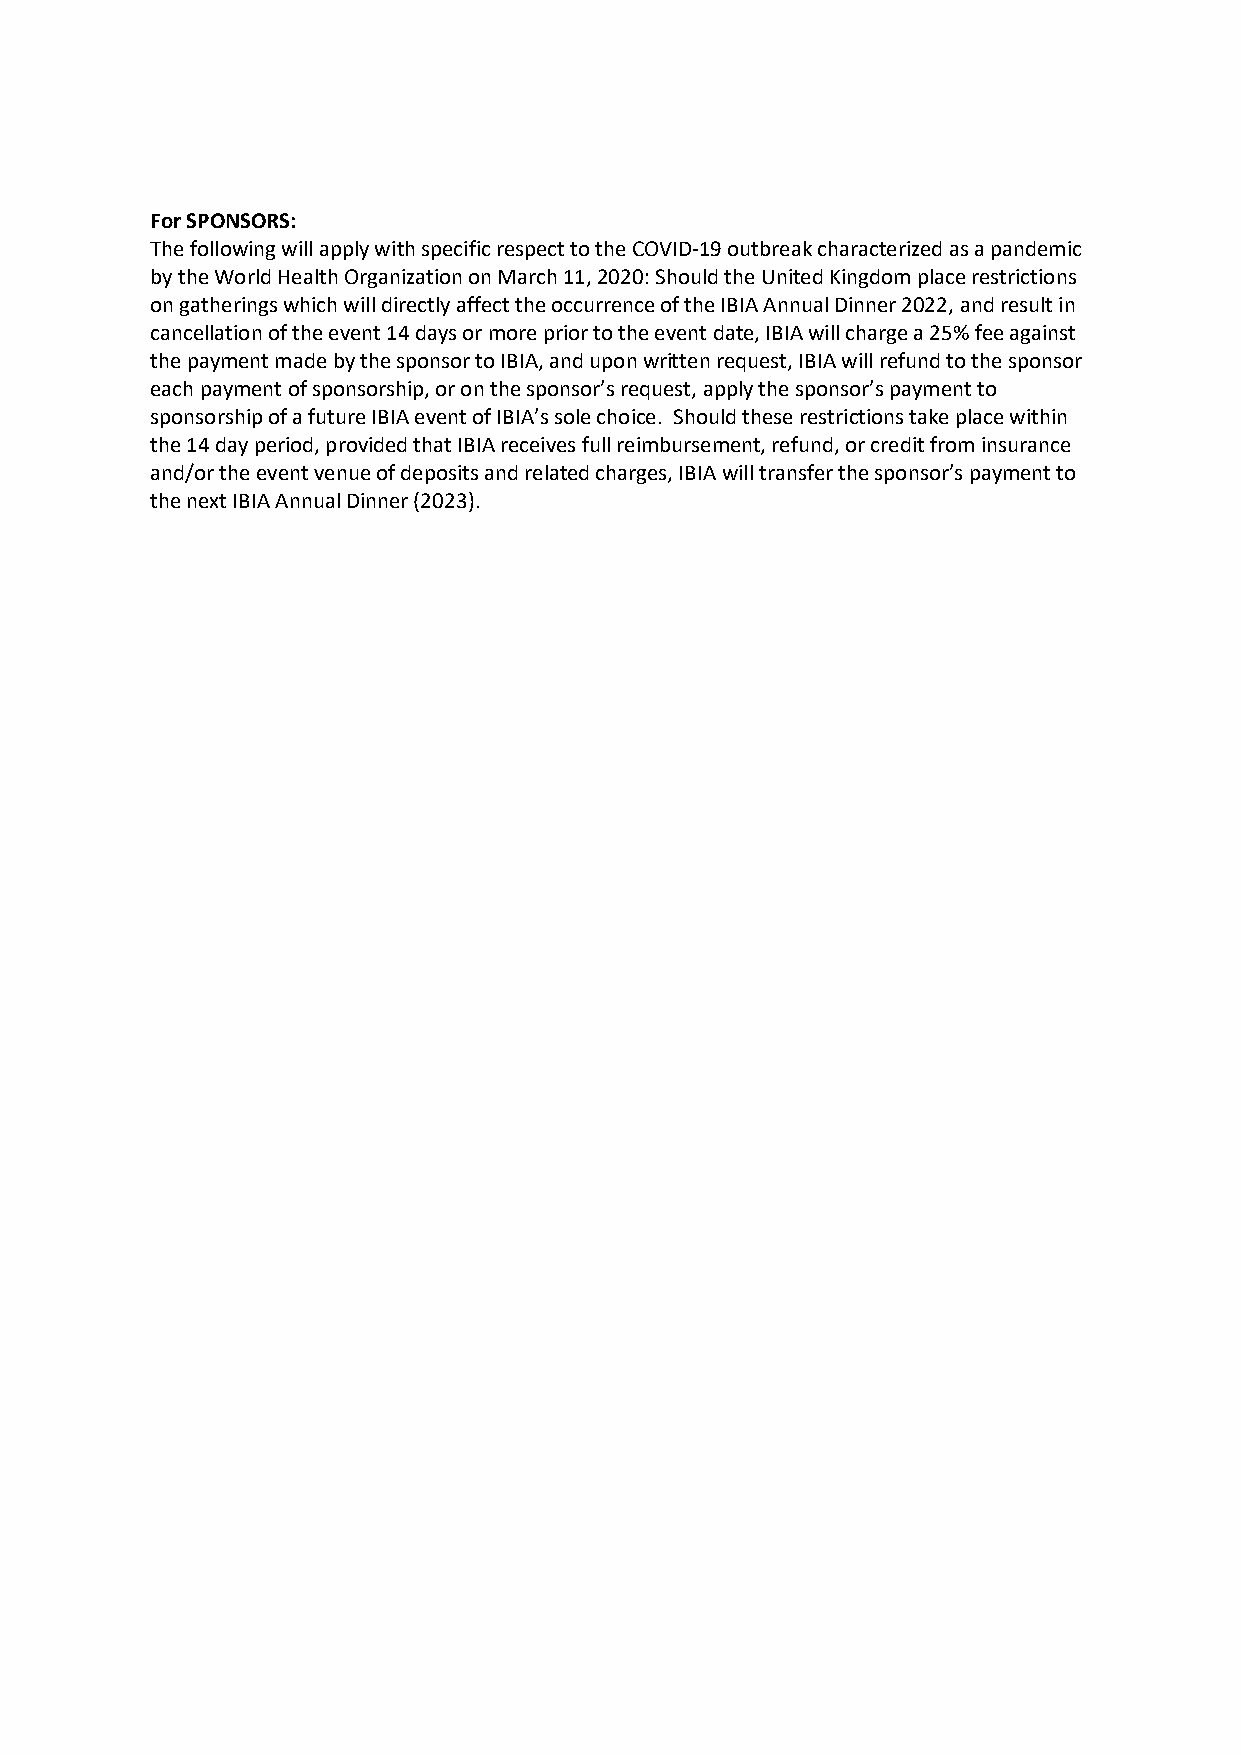
For SPONSORS:
 The following will apply with specific respect to the COVID-19 outbreak characterized as a pandemic
 by the World Health Organization on March 11, 2020: Should the United Kingdom place restrictions
 on gatherings which will directly affect the occurrence of the IBIA Annual Dinner 2022, and result in
 cancellation of the event 14 days or more prior to the event date, IBIA will charge a 25% fee against
 the payment made by the sponsor to IBIA, and upon written request, IBIA will refund to the sponsor
 each payment of sponsorship, or on the sponsor’s request, apply the sponsor’s payment to
 sponsorship of a future IBIA event of IBIA’s sole choice. Should these restrictions take place within
 the 14 day period, provided that IBIA receives full reimbursement, refund, or credit from insurance
 and/or the event venue of deposits and related charges, IBIA will transfer the sponsor’s payment to
 the next IBIA Annual Dinner (2023).